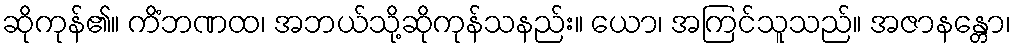
ဆိုကုန်၏။ ကိံဘဏထ၊ အဘယ်သို့ဆိုကုန်သနည်း။ ယော၊ အကြင်သူသည်။ အဇာနန္တော၊